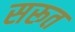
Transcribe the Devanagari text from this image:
सरूत